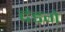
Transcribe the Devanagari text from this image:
दंडगे